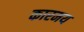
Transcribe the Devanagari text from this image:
कारमय